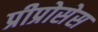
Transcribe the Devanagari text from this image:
प्रीप्रोसेस